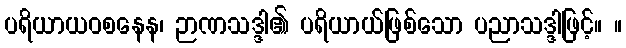
ပရိယာယဝစနေန၊ ဉာဏသဒ္ဒါ၏ ပရိယာယ်ဖြစ်သော ပညာသဒ္ဒါဖြင့်။ ။